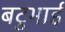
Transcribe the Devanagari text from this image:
बटुभाई